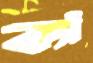
ক্যাঁ